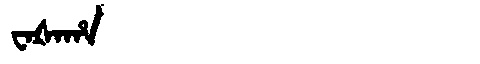
Manchu: ᠸᠠᡧᠠᡥᠠ
Romanization: WAŠAHA